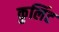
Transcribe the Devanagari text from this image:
कुलिंट